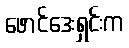
ဖောင်ဒေးရှင်းက